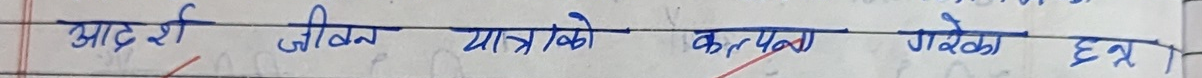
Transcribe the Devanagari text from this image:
आदर्श जीवन यात्राको कल्पना गरेका छन्।